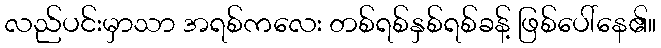
လည်ပင်းမှာသာ အရစ်ကလေး တစ်ရစ်နှစ်ရစ်ခန့် ဖြစ်ပေါ်နေ၏။